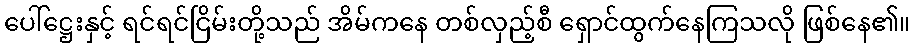
ပေါ်ဋ္ဌေးနှင့် ရင်ရင်ငြိမ်းတို့သည် အိမ်ကနေ တစ်လှည့်စီ ရှောင်ထွက်နေကြသလို ဖြစ်နေ၏။